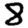
Digit: 8